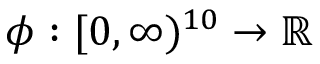
\phi : [ 0 , \infty ) ^ { 1 0 } \to { \mathbb R }